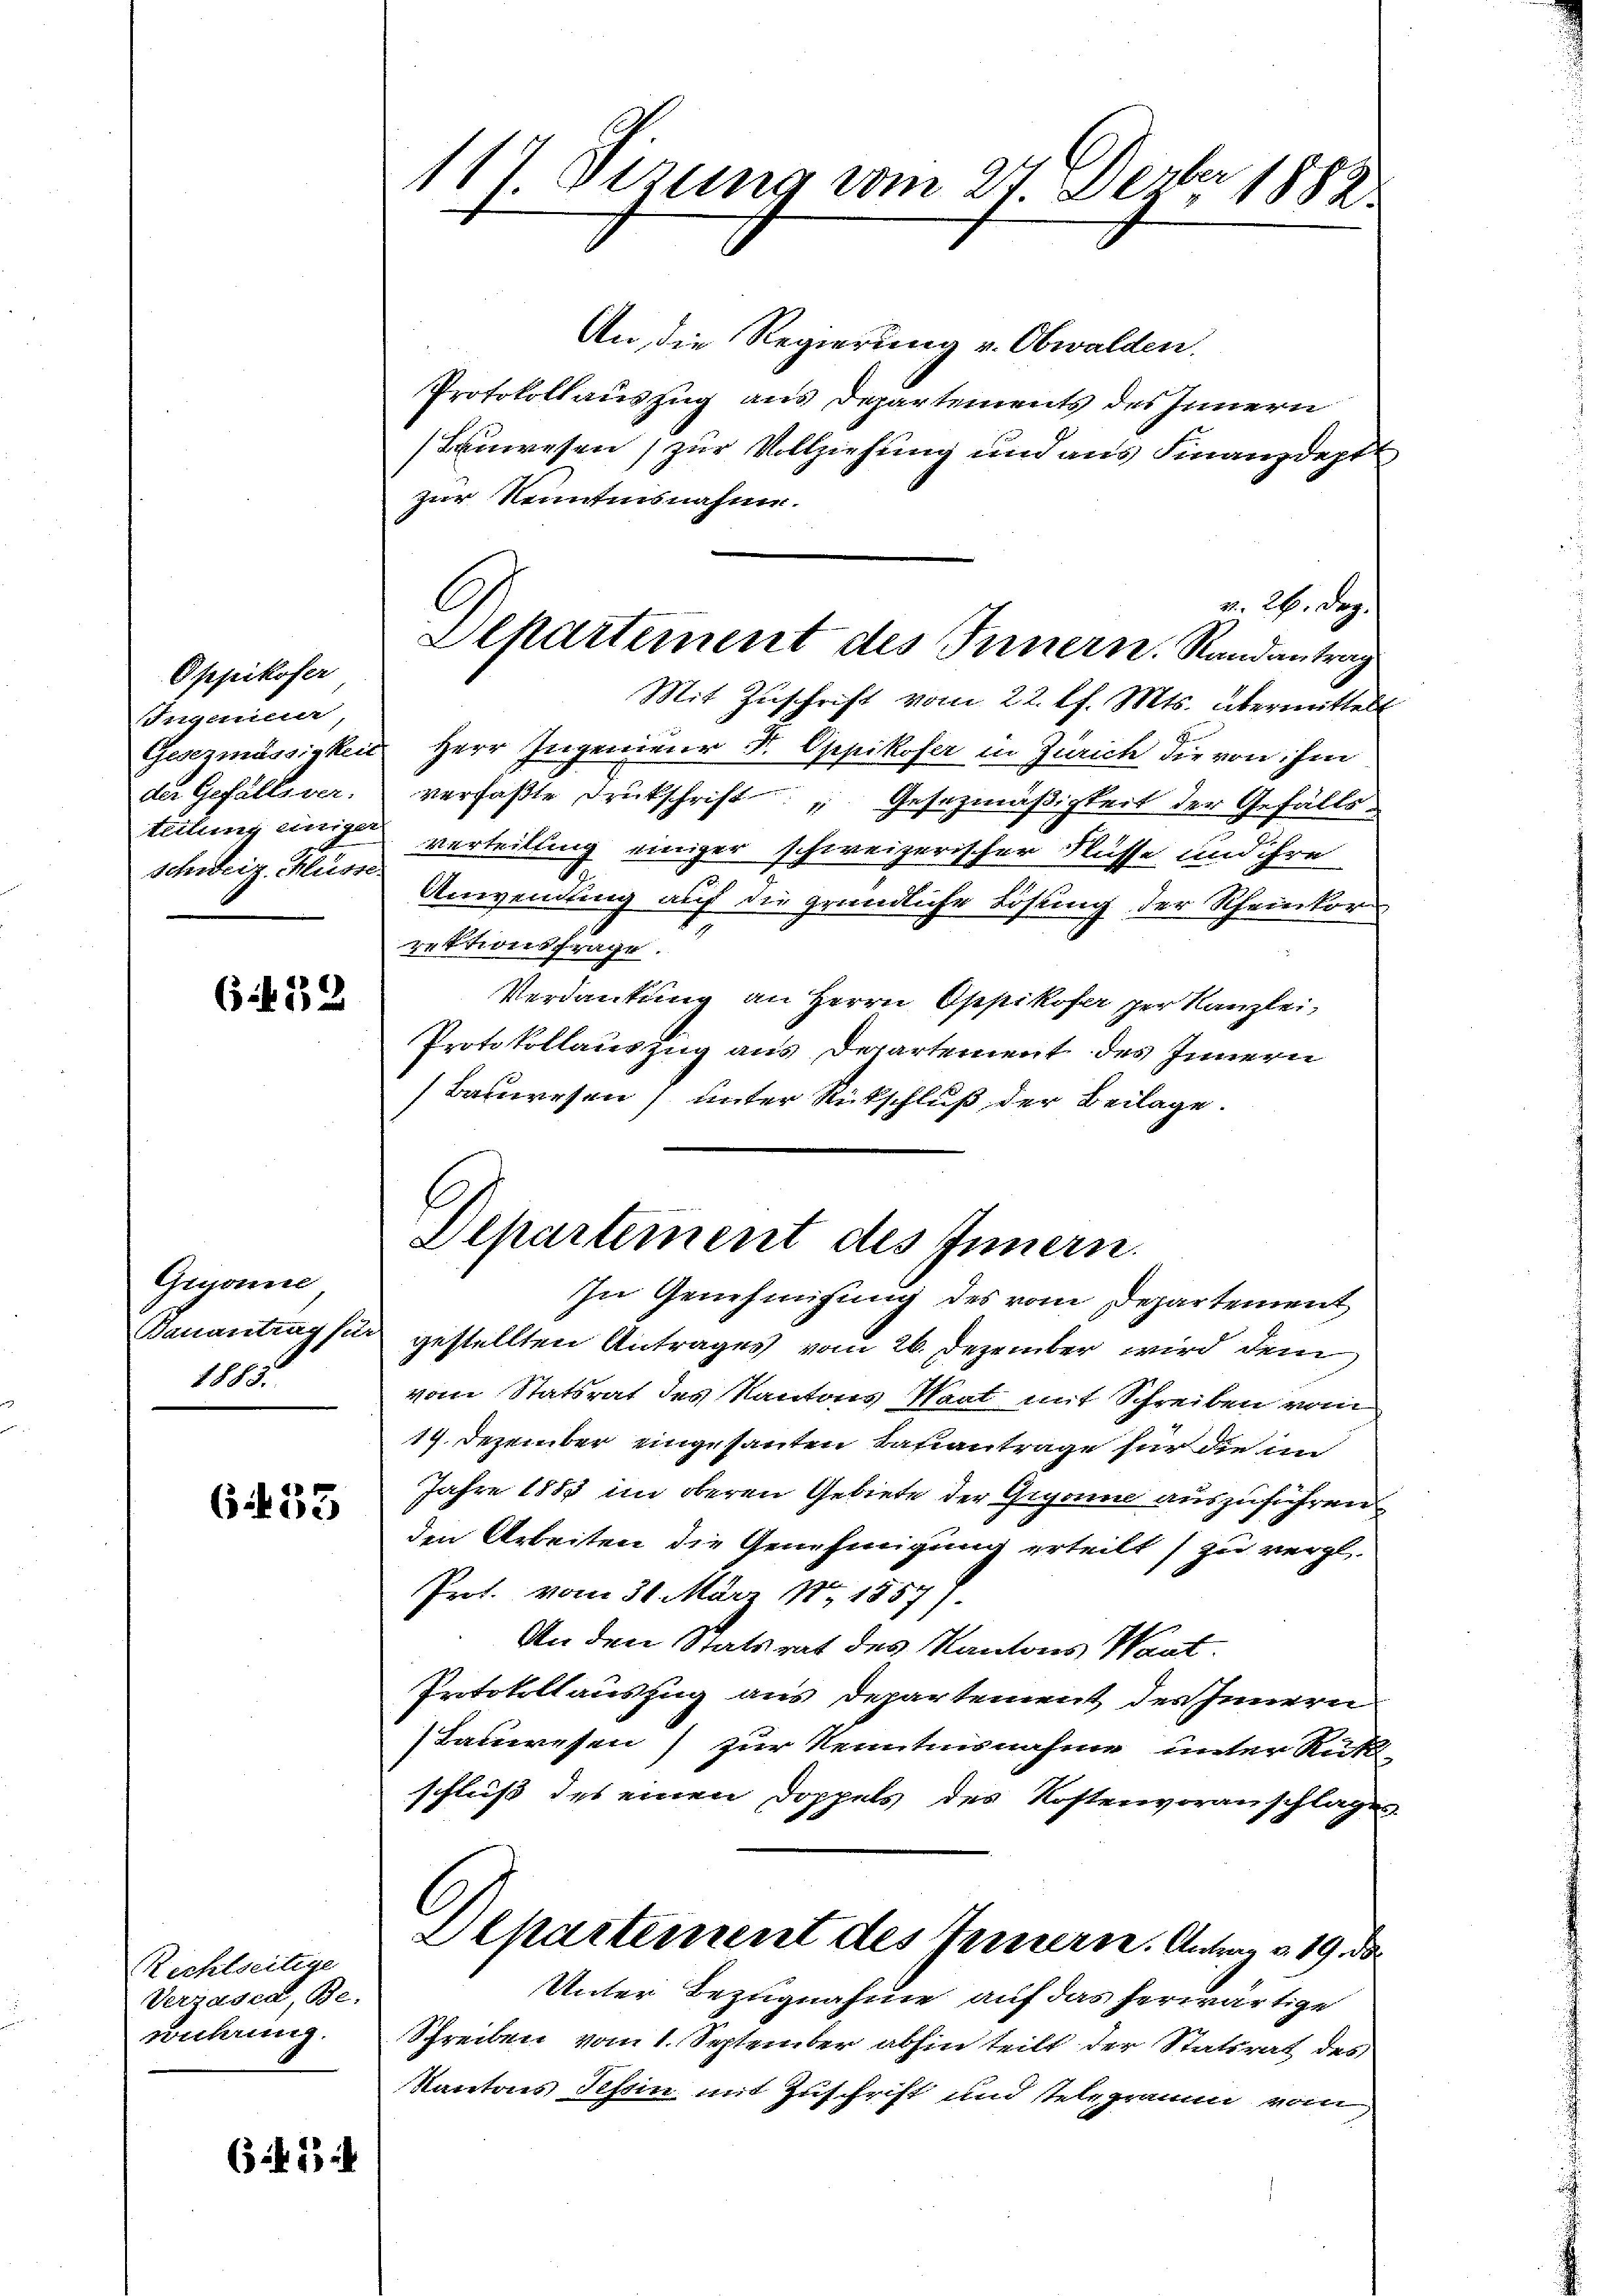
Oppikofer
Eigen
Gesezmässigkeit
der Gefällsver-
tittung einiger
schweiz. Müsse.

632

Gegonne
Banantrag si
1883.

6455

Richtseitige
Vergasen, Be
wuhrung.

6f 33 i

117. Sitzung vom 21. erber 1883.

Schartement des Innern. Randantrag

In Genehmigung des vom Departement

An die Regierung v. Obwalden.
Protokoll auszug aus Departements des Innern
Lanwesen zur Vollziehung und aus Finanzdept
zur Kenntnisnahme.
v. 26. Dez
Mit Zuschrift vom 22. l. Mts. übermittel
Herr Ingenieur d. Oppikofer in Zürich die von ihm
verfaßte Drukschrift, Gesezmäßigkeit der Gefälls-
verteilung einiger schweizerischer Flüsse und ihre
Anwendung auf die gründliche Lösung der Rheintor
rektionsfrage
Verdankung an Herrn Oppikofa zur Kanzlei-
Protokollauszug aus derartement des Innern
Bauwesen unter Rückschluß der Beilage
Departement des Innern.

gestellten Antrages vom 26. Dezember wird dem
vom Statsrat des Kantons Saat mit Schreiben vom
14. Dezember eingesanten Bahiantrage für die im
Jahre 1885 im oberen Gebiete der Gegen auszuführen.
den Arbeiten die Genehmigung erteilt zu vergl.
Prot. vom 31. März N. 1857.
An den Statsrat des Kantons Nant.
Intokoll auszug aus departement der Innern
Lauwesen zur Kenntnisnahme unter Rück-
schluß des einen Doppels des Kostenvoranschlage
Departement des Innern. Antrag d. 19. d.
Unter Bezugnahme auf das herwärtige
Schreiben vom 1. September abhin teilt der Statsrat des
Kantons Tessin mit Zuschrift und stelegramm vom